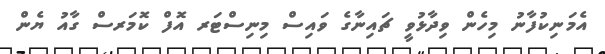
އެމަނިކުފާނު މިހެން ވިދާޅުވީ ޗައިނާގެ ވައިސް މިނިސްޓަރ އޮފް ކޮމަރސް ގާއު ޔެން